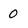
Character: 0